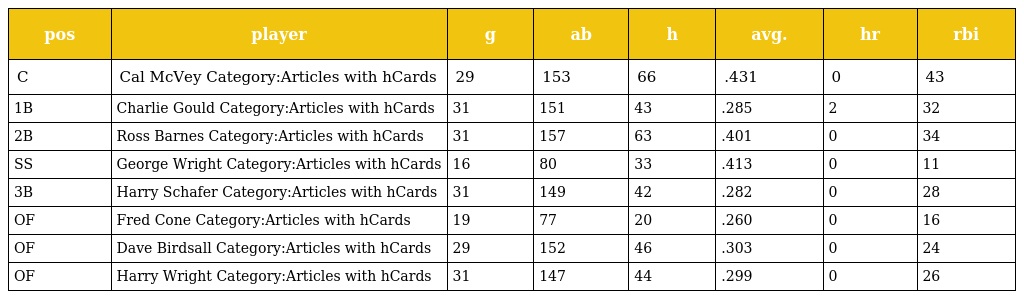
| pos | player | g | ab | h | avg. | hr | rbi |
 | --- | --- | --- | --- | --- | --- | --- | --- |
 | C | Cal McVey Category:Articles with hCards | 29 | 153 | 66 | .431 | 0 | 43 |
 | 1B | Charlie Gould Category:Articles with hCards | 31 | 151 | 43 | .285 | 2 | 32 |
 | 2B | Ross Barnes Category:Articles with hCards | 31 | 157 | 63 | .401 | 0 | 34 |
 | SS | George Wright Category:Articles with hCards | 16 | 80 | 33 | .413 | 0 | 11 |
 | 3B | Harry Schafer Category:Articles with hCards | 31 | 149 | 42 | .282 | 0 | 28 |
 | OF | Fred Cone Category:Articles with hCards | 19 | 77 | 20 | .260 | 0 | 16 |
 | OF | Dave Birdsall Category:Articles with hCards | 29 | 152 | 46 | .303 | 0 | 24 |
 | OF | Harry Wright Category:Articles with hCards | 31 | 147 | 44 | .299 | 0 | 26 |